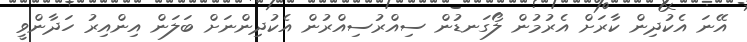
އޭނަ އެކުދިން ކާރަށް އެރުމުން ލޯގަނޑުން ސިއްރުސިއްރުން އެކުދިންނަށް ބަލަން އިންއިރު ހަދާންވީ